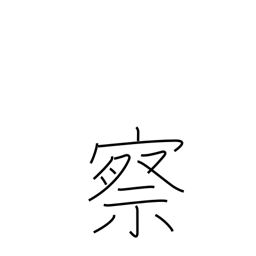
Meaning: judge